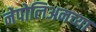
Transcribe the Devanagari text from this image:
नेपोलिअनच्या